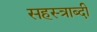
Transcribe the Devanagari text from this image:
सहस्‍त्राब्दी